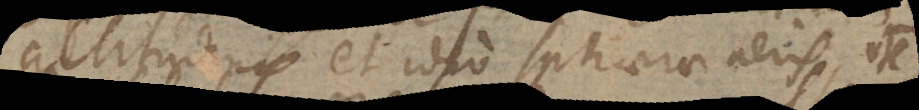
altitudinis et ideo sphaerae aeris, vte